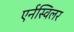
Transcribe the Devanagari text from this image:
एर्नस्विलर